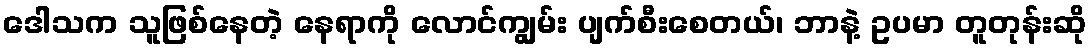
ဒေါသက သူဖြစ်နေတဲ့ နေရာကို လောင်ကျွမ်း ပျက်စီးစေတယ်၊ ဘာနဲ့ ဥပမာ တူတုန်းဆို